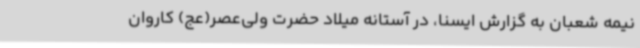
نیمه شعبان به گزارش ایسنا، در آستانه میلاد حضرت ولی‌عصر(عج) کاروان